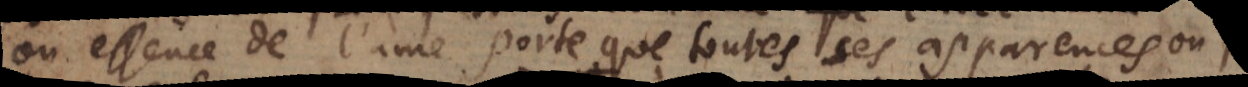
ou essence de l’ame porte que toutes ses apparences ou